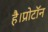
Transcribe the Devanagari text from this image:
है।प्रोटॉन